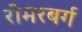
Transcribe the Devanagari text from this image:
रोमरबर्ग